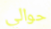
حوالي